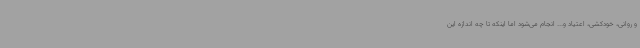
و روانی، خودکشی، اعتیاد و... انجام می‌شود اما اینکه تا چه اندازه این